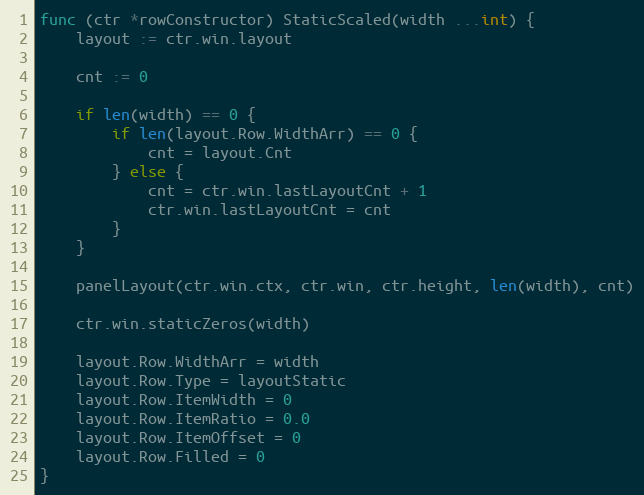
Language: Go
func (ctr *rowConstructor) StaticScaled(width ...int) {
	layout := ctr.win.layout

	cnt := 0

	if len(width) == 0 {
		if len(layout.Row.WidthArr) == 0 {
			cnt = layout.Cnt
		} else {
			cnt = ctr.win.lastLayoutCnt + 1
			ctr.win.lastLayoutCnt = cnt
		}
	}

	panelLayout(ctr.win.ctx, ctr.win, ctr.height, len(width), cnt)

	ctr.win.staticZeros(width)

	layout.Row.WidthArr = width
	layout.Row.Type = layoutStatic
	layout.Row.ItemWidth = 0
	layout.Row.ItemRatio = 0.0
	layout.Row.ItemOffset = 0
	layout.Row.Filled = 0
}